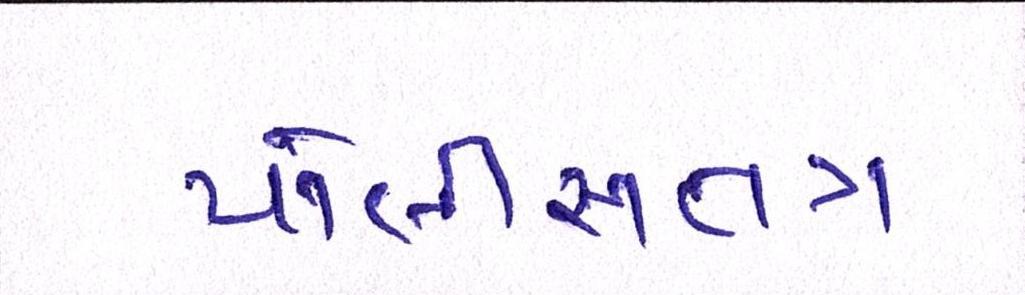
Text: પોલીસતત્રં